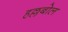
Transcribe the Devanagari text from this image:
हल्लबोल